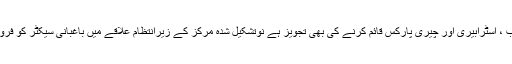
حکومت کی سیب ، اسٹرابیری اور چیری پارکس قائم کرنے کی بھی تجویز ہے نوتشکیل شدہ مرکز کے زیرانتظام علاقے میں باغبانی سیکٹر کو فروغ دے سکے گا۔